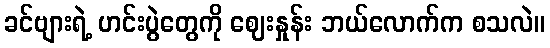
ခင်ဗျားရဲ့ ဟင်းပွဲတွေကို ဈေးနှုန်း ဘယ်လောက်က စသလဲ။